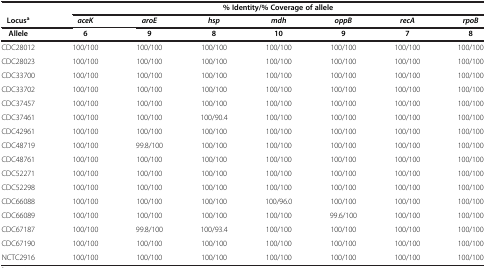
<table><thead><tr><td><b> </b></td><td colspan="7"><b>% Identity/% Coverage of allele</b></td></tr><tr><td><b>Locus<sup>a</sup></b></td><td><b><i>aceK</i></b></td><td><b><i>aroE</i></b></td><td><b><i>hsp</i></b></td><td><b><i>mdh</i></b></td><td><b><i>oppB</i></b></td><td><b><i>recA</i></b></td><td><b><i>rpoB</i></b></td></tr><tr><td><b>Allele</b></td><td><b>6</b></td><td><b>9</b></td><td><b>8</b></td><td><b>10</b></td><td><b>9</b></td><td><b>7</b></td><td><b>8</b></td></tr></thead><tbody><tr><td>CDC28012</td><td>100/100</td><td>100/100</td><td>100/100</td><td>100/100</td><td>100/100</td><td>100/100</td><td>100/100</td></tr><tr><td>CDC28023</td><td>100/100</td><td>100/100</td><td>100/100</td><td>100/100</td><td>100/100</td><td>100/100</td><td>100/100</td></tr><tr><td>CDC33700</td><td>100/100</td><td>100/100</td><td>100/100</td><td>100/100</td><td>100/100</td><td>100/100</td><td>100/100</td></tr><tr><td>CDC33702</td><td>100/100</td><td>100/100</td><td>100/100</td><td>100/100</td><td>100/100</td><td>100/100</td><td>100/100</td></tr><tr><td>CDC37457</td><td>100/100</td><td>100/100</td><td>100/100</td><td>100/100</td><td>100/100</td><td>100/100</td><td>100/100</td></tr><tr><td>CDC37461</td><td>100/100</td><td>100/100</td><td>100/90.4</td><td>100/100</td><td>100/100</td><td>100/100</td><td>100/100</td></tr><tr><td>CDC42961</td><td>100/100</td><td>100/100</td><td>100/100</td><td>100/100</td><td>100/100</td><td>100/100</td><td>100/100</td></tr><tr><td>CDC48719</td><td>100/100</td><td>99.8/100</td><td>100/100</td><td>100/100</td><td>100/100</td><td>100/100</td><td>100/100</td></tr><tr><td>CDC48761</td><td>100/100</td><td>100/100</td><td>100/100</td><td>100/100</td><td>100/100</td><td>100/100</td><td>100/100</td></tr><tr><td>CDC52271</td><td>100/100</td><td>100/100</td><td>100/100</td><td>100/100</td><td>100/100</td><td>100/100</td><td>100/100</td></tr><tr><td>CDC52298</td><td>100/100</td><td>100/100</td><td>100/100</td><td>100/100</td><td>100/100</td><td>100/100</td><td>100/100</td></tr><tr><td>CDC66088</td><td>100/100</td><td>100/100</td><td>100/100</td><td>100/96.0</td><td>100/100</td><td>100/100</td><td>100/100</td></tr><tr><td>CDC66089</td><td>100/100</td><td>100/100</td><td>100/100</td><td>100/100</td><td>99.6/100</td><td>100/100</td><td>100/100</td></tr><tr><td>CDC67187</td><td>100/100</td><td>99.8/100</td><td>100/93.4</td><td>100/100</td><td>100/100</td><td>100/100</td><td>100/100</td></tr><tr><td>CDC67190</td><td>100/100</td><td>100/100</td><td>100/100</td><td>100/100</td><td>100/100</td><td>100/100</td><td>100/100</td></tr><tr><td>NCTC2916</td><td>100/100</td><td>100/100</td><td>100/100</td><td>100/100</td><td>100/100</td><td>100/100</td><td>100/100</td></tr></tbody></table>